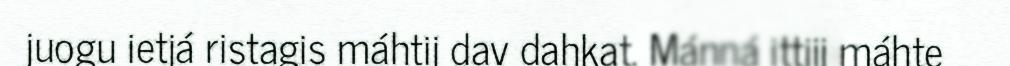
juogu ietjá ristagis máhtij dav dahkat. Mánná ittjij máhte